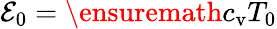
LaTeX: \mathcal{E}_{0}=\ensuremath{c_{\mathrm{v}}}T_{0}